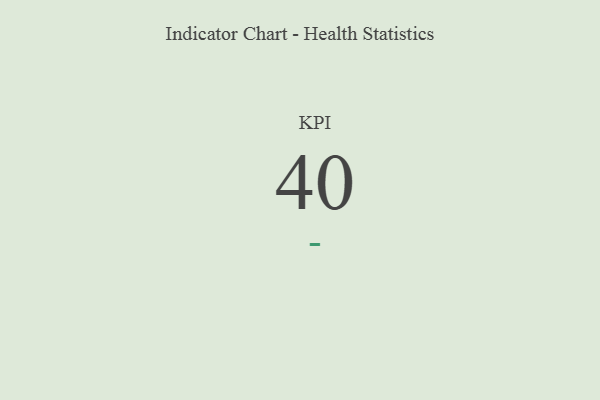
{"axis": {"x": "KPI", "y": "Value"}, "legend": [""], "data": [{"x": "KPI", "y": 40, "type": ""}]}